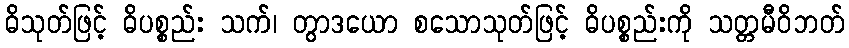
ဓိသုတ်ဖြင့် ဓိပစ္စည်း သက်၊ တွာဒယော စသောသုတ်ဖြင့် ဓိပစ္စည်းကို သတ္တမီဝိဘတ်